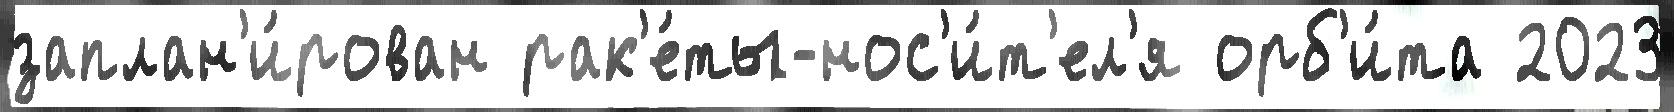
заплан'и́рован рак'е́ты-нос'и́т'ел'я орб'и́та 2023